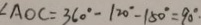
\angle A O C = 3 6 0 ^ { \circ } - 1 2 0 ^ { \circ } - 1 5 0 ^ { \circ } = 9 0 ^ { \circ } .